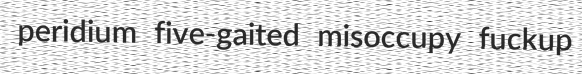
peridium five-gaited misoccupy fuckup